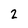
Character: 2